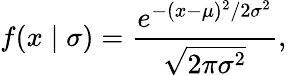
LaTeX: f(x\mid\sigma)={\frac{e^{-(x-\mu)^{2}/2\sigma^{2}}}{\sqrt{2\pi\sigma^{2}}}},